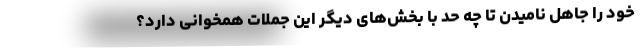
خود را جاهل نامیدن تا چه حد با بخش‌های دیگر این جملات همخوانی دارد؟